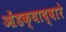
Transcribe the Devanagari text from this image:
ओंडक्याद्वारे